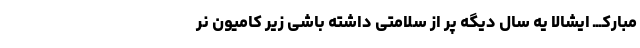
مبارکـــ ایشالا یه سال دیگه پر از سلامتی داشته باشی زیر کامیون نر